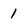
Character: 1